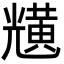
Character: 黋